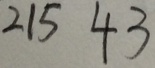
2 1 5 4 3